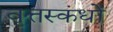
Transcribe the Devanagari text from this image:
वृत्तस्कंधों